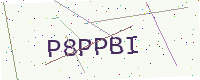
Text: P8PPBI